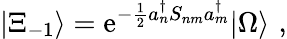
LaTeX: |\Xi_{-1}\rangle=\mathrm{e}^{-\frac{{1}}{{2}}a_{n}^{\dagger}S_{nm}a_{m}^{\dagger}}|\Omega\rangle\, \, ,